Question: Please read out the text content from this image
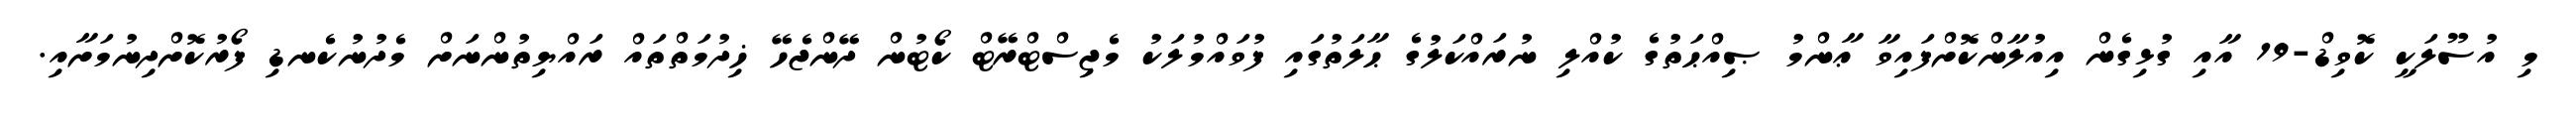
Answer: މި އުސޫލަކީ ކޮވިޑް-19 އާއި ގުޅިގެން އިއުލާންކޮށްފައިވާ ޢާންމު ޞިއްޙަތުގެ ކުއްލި ނުރައްކަލުގެ ޙާލަތުގައި ފުވައްމުލަކު މެޖިސްޓްރޭޓް ކޯޓުން ދޭންޖެހޭ ޚިދުމަތްތައް ރައްޔިތުންނަށް މެދުނުކެނޑި ފޯރުކޮށްދިނުމަށާއި.